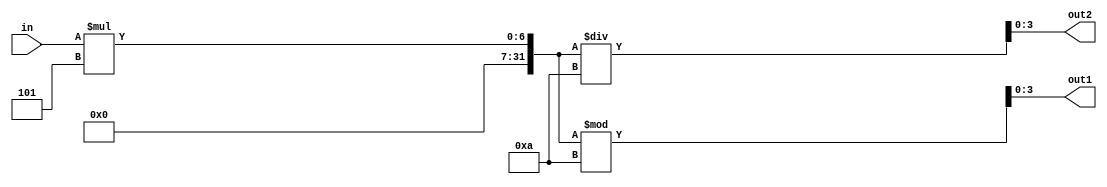
module comb(in,out1,out2);
input [3:0] in;
output [3:0] out1;
output [3:0] out2;
//initial
//begin
assign out1=(in*5)%10;
assign out2=(in*5)/10;
//end
endmodule

module test;
reg [3:0] in;
wire [3:0] out1;
wire [3:0] out2;
comb cc(in,out1,out2);
initial
begin
in=7;
#5 $display("in=%d out1=%d out2=%d",in,out1,out2);
end
endmodule